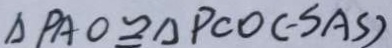
\Delta P A O \cong \Delta P C O ( - S A S )